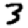
Digit: 3